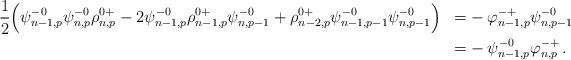
LaTeX: \begin{align*}\begin{aligned}&\frac{1}{2} \Big( \psi^{-0}_{n-1,p}\psi^{-0}_{n,p}\rho^{0+}_{n,p}-2\psi^{-0}_{n-1,p}\rho^{0+}_{n-1,p}\psi^{-0}_{n,p-1}+\rho^{0+}_{n-2,p}\psi^{-0}_{n-1,p-1}\psi^{-0}_{n,p-1} \Big) &=& - \varphi^{-+}_{n-1,p}\psi^{-0}_{n,p-1} \\&&=&- \psi^{-0}_{n-1,p} \varphi^{-+}_{n,p}\,.\end{aligned}\end{align*}